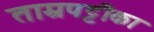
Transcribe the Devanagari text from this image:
ताम्रपट्टीका